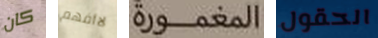
كان لاأفهم المغمورة الحقول